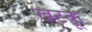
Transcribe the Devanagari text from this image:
खटकू